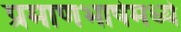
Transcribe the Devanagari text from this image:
प्रमाणभाषेमध्ये